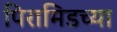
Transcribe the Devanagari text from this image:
पिरामिडच्या